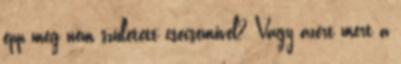
épp meg nem született csecsemővel? Vagy azért mert a